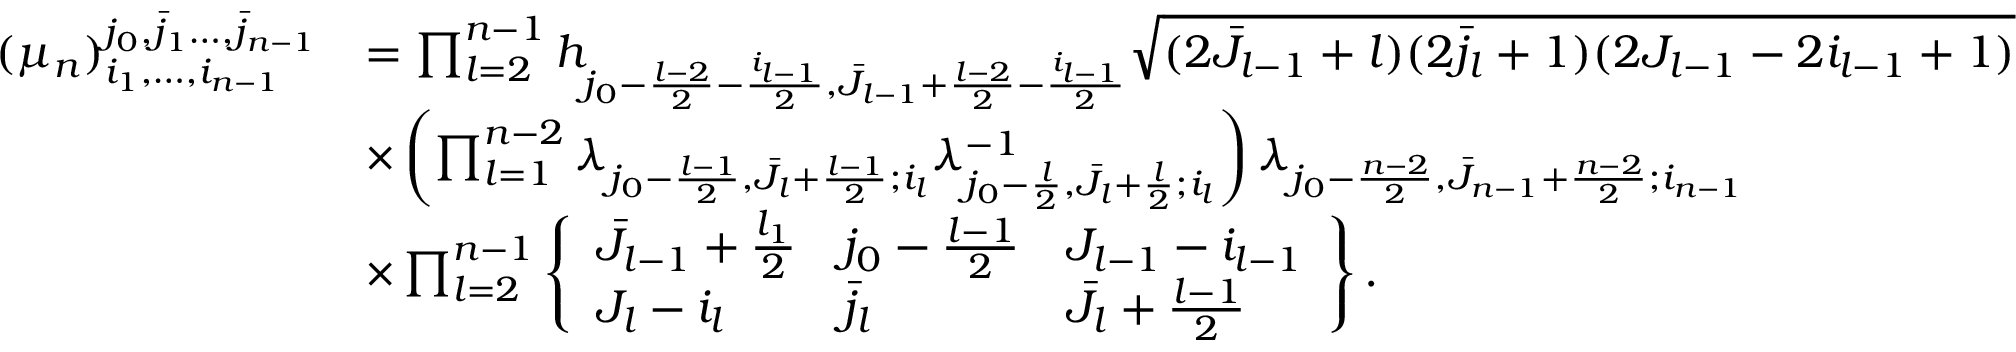
\begin{array} { r l } { ( \mu _ { n } ) _ { i _ { 1 } , \dots , i _ { n - 1 } } ^ { j _ { 0 } , \bar { j } _ { 1 } \dots , \bar { j } _ { n - 1 } } } & { = \prod _ { l = 2 } ^ { n - 1 } h _ { j _ { 0 } - \frac { l - 2 } { 2 } - \frac { i _ { l - 1 } } { 2 } , \bar { J } _ { l - 1 } + \frac { l - 2 } { 2 } - \frac { i _ { l - 1 } } { 2 } } \sqrt { ( 2 \bar { J } _ { l - 1 } + l ) ( 2 \bar { j } _ { l } + 1 ) ( 2 J _ { l - 1 } - 2 i _ { l - 1 } + 1 ) } } \\ & { \times \left( \prod _ { l = 1 } ^ { n - 2 } \lambda _ { j _ { 0 } - \frac { l - 1 } { 2 } , \bar { J } _ { l } + \frac { l - 1 } { 2 } ; i _ { l } } \lambda _ { j _ { 0 } - \frac { l } { 2 } , \bar { J } _ { l } + \frac { l } { 2 } ; i _ { l } } ^ { - 1 } \right) \lambda _ { j _ { 0 } - \frac { n - 2 } { 2 } , \bar { J } _ { n - 1 } + \frac { n - 2 } { 2 } ; i _ { n - 1 } } } \\ & { \times \prod _ { l = 2 } ^ { n - 1 } \left\{ \begin{array} { l l l } { \bar { J } _ { l - 1 } + \frac { l _ { 1 } } { 2 } } & { j _ { 0 } - \frac { l - 1 } { 2 } } & { J _ { l - 1 } - i _ { l - 1 } } \\ { J _ { l } - i _ { l } } & { \bar { j } _ { l } } & { \bar { J } _ { l } + \frac { l - 1 } { 2 } } \end{array} \right\} . } \end{array}